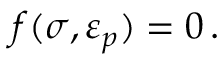
f ( { \boldsymbol { \sigma } } , { \boldsymbol { \varepsilon } } _ { p } ) = 0 \, .